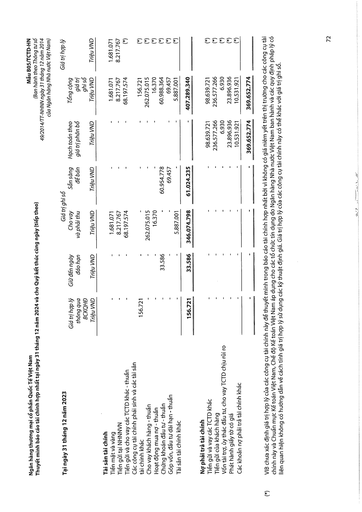
|Tại ngày 31 tháng 12 năm 2023|||Giá trị|ghi sổ|||Giá trị hợp lý| |---|---|---|---|---|---|---|---| ||Giá trị hợp lý thông qua BCKQHĐ Triệu VND|Giữ đến ngày đáo hạn Triệu VND|Cho vay và phải thu Triệu VND|Sẵn sàng để bán Triệu VND|Hạch toán theo giá trị phân bổ Triệu VND|Tổng cộng giá trị ghi sổ Triệu VND|Triệu VND| |Tài sản tài chính|||||||| |Tiền mặt và vàng|-|-|1.681.071|-|-|1.681.071|1.681.071| |Tiền gửi tại NHNNVN|-|-|8.217.767|-|-|8.217.767|8.217.767| |Tiền gửi và cho vay các TCTD khác - thuần|-|-|68.197.574|-|-|68.197.574|(*)| |Các công cụ tài chính phái sinh và các tài sản|||||||| |tài chính khác|156.721|-|-|-|-|156.721|(*)| |Cho vay khách hàng - thuần|-|-|262.075.015|-|-|262.075.015|(*)| |Hoạt động mua nợ - thuần|-|-|16.370|-|-|16.370|(*)| |Chứng khoán đầu tư - thuần|-|33.586|-|60.954.778||60.988.364|(*)| |Góp vốn, đầu tư dài hạn - thuần|-|-|-|69.457|-|69.457|(*)| |Tài sản tài chính khác|-|-|5.887.001|-|-|5.887.001|(*)| ||156.721|33.586|346.074.798|61.024.235|-|407.289.340|| |Nợ phải trả tài chính|||||||| |Tiền gửi và vay các TCTD khác|-|-|-|-|98.639.721|98.639.721|(*)| |Tiền gửi của khách hàng|-|-|-|-|236.577.266|236.577.266|(*)| |Vốn tài trợ, ủy thác đầu tư, cho vay TCTD chịu rủi ro|-|-|-|-|6.930|6.930|(*)| |Phát hành giấy tờ có giá|-|-|-|-|23.896.936|23.896.936|(*)| |Các khoản nợ phải trả tài chính khác|-|-|-|-|10.531.921|10.531.921|(*)| ||-|-|-|-|369.652.774|369.652.774||